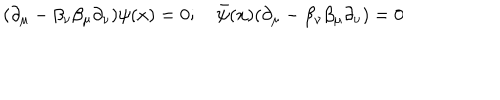
( \partial _ { \mu } - \beta _ { \nu } \beta _ { \mu } \partial _ { \nu } ) \psi ( x ) = 0 ; \quad { \bar { \psi } } ( x ) ( \partial _ { \mu } - \beta _ { \nu } \beta _ { \mu } \partial _ { \nu } ) = 0